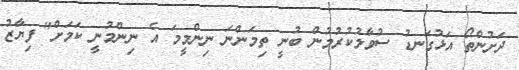
ދަށުންތޯ އަޅުގަނޑު ސުވާލުކުރުމުން ބުނީ ތިމަންނަ ނިންމީމަ އެ ނިންމުނީ ކަމަށް" ފިޔާޒު